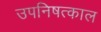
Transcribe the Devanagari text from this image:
उपनिषत्काल